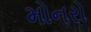
મોનરો